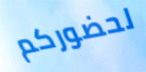
لحضوركم